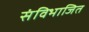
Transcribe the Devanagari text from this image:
संविभाजित